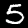
Digit: 5